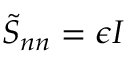
\boldsymbol { \tilde { S } _ { n n } } = \epsilon \boldsymbol { I }